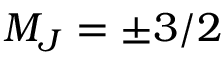
M _ { J } = \pm 3 / 2